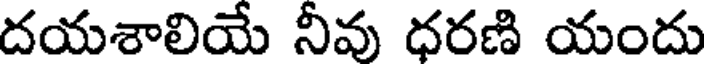
దయశాలియే నీవు ధరణి యందు